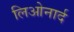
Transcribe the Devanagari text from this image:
लिओनार्द